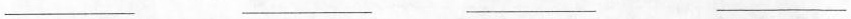
___ ___ ___ ___